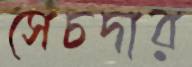
সেচদার